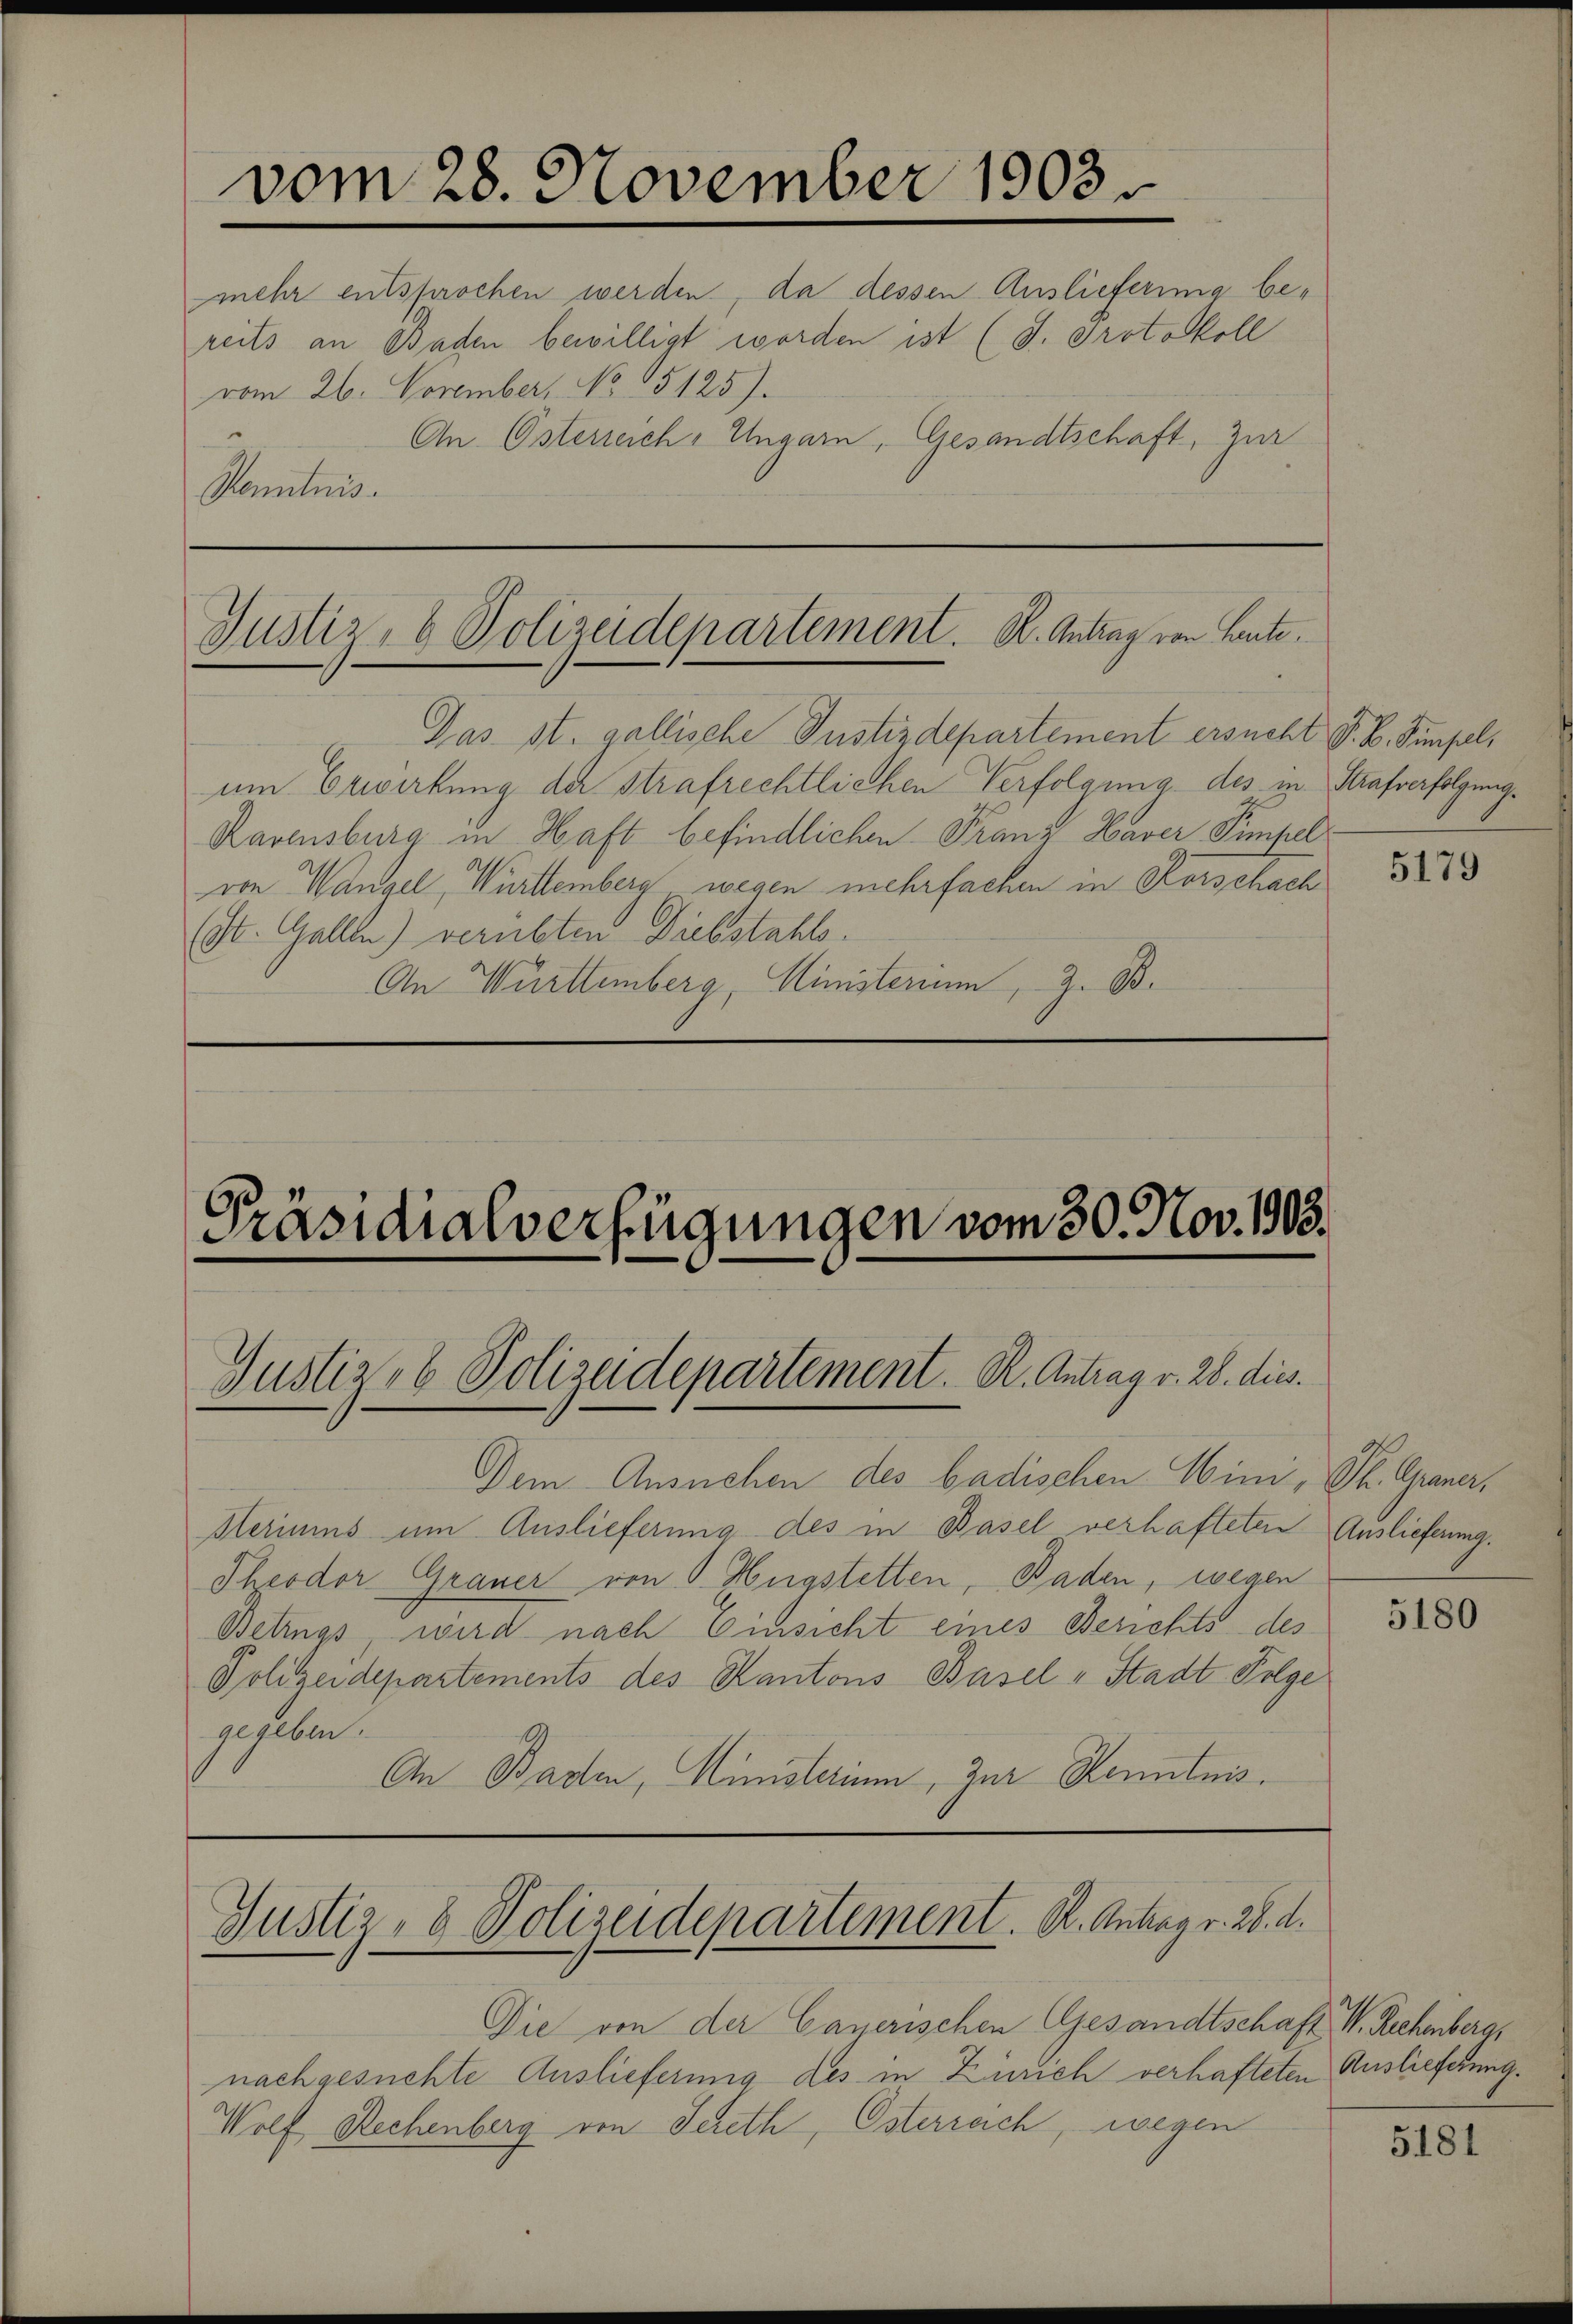
vom 28. November 1903.
mehr entsprochen werden, da dessen Ausliefering bereits an Baden bewilligt worden ist (d. Protokoll

vom 26. November, No 5125).
An Österreich, Ungarn, Gesandtschaft, zur
Maitiis

Justiz- & Polizeidepartement. K. Antrag von Leute.

Das st. gallische Justizdepartement ersucht V. B. Simpelum Erwirkung der Strafrechtlichen Verfolgung des in Strafverfolgung.
Ravensburg in Haft befindlichen Franz Haver Simpel
von Wangel, Württemberg wegen mehrfachen in Korschach
(St. Gallle) verübten Diebstahls.
An Württemberg, Ministerium, z. B.

Präsidialverfügungen vom 30. Nov. 1903.

Justiz- & Polizeidepartement. R. Antrag v. 28. dies.

Die von der Cayerischen Gesandtschaft W. Rechenberg,
nachgesuchte Auslieferung des in Zürich verhafteten Auslieferung.
Wolf Rechenberg von Sereth, Österreich, wegen

Justiz- & Polizeidepartement. R. Antrag v. 28. d.

Dem Ansuchen des badischen Wini, St. Graner,
Heriums um Auslieferung des in Basel verhafteten Auslieferung.
Theodor Grauer von S. Augstetten, Baden, wegen
Betings, wird nach Einsicht eines Berichts des
Polizeidepartements des Kantons Basel-Stadt Folge
gegeben.
An Baden, Ministerium, zur Kenntnis.

5179

5180

5181